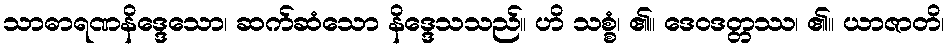
သာဓာရဏနိဒ္ဒေသော၊ ဆက်ဆံသော နိဒ္ဒေသသည်။ ဟိ သစ္စံ၊ ၏။ ဒေဝဒတ္တဿ၊ ၏။ ယာဇာတိ၊